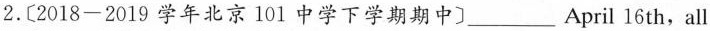
2.〔2018-2019学年北京101中学下学期期中〕___ April 16th,all